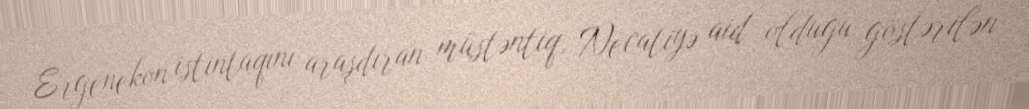
Ergenekon istintaqını araşdıran müstəntiq, Necatiyə aid olduğu göstərilən